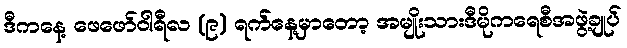
ဒီကနေ့ ဖေဖော်ဝါရီလ (၉) ရက်နေ့မှာတော့ အမျိုးသားဒီမိုကရေစီအဖွဲ့ချုပ်